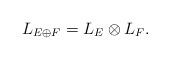
LaTeX: \begin{align*}L_{E\oplus F} = L_E \otimes L_F.\end{align*}